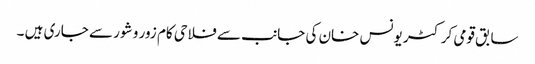
سابق قومی کرکٹر یونس خان کی جانب سے فلاحی کام زور و شور سے جاری ہیں ۔